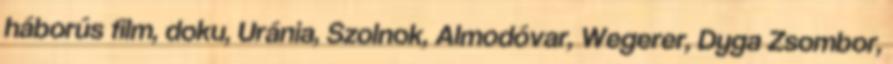
háborús film, doku, Uránia, Szolnok, Almodóvar, Wegerer, Dyga Zsombor,